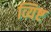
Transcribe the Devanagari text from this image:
व्यिष्ट